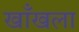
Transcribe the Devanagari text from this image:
खाँखला